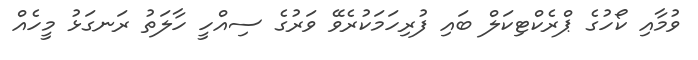
ވުމާއި ކޯހުގެ ޕްރެކްޓިކަލް ބައި ފުރިހަމަކުރެވޭ ވަރުގެ ސިއްހީ ހާލަތު ރަނގަޅު މީހެއް